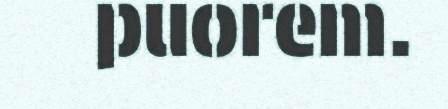
puorem.